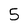
Character: 5